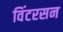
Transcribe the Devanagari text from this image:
विंटरसन